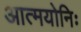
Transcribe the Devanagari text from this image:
आत्मयोनिः